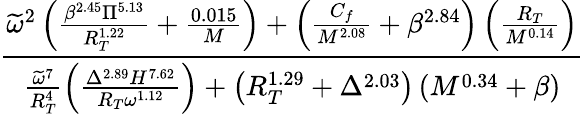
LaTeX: \frac{\widetilde{\omega}^{2}\left(\frac{\beta^{2.45}\Pi^{5.13}}{R_{T}^{1.22}}+\frac{0.015}{M}\right)+\left(\frac{C_{f}}{M^{2.08}}+\beta^{2.84}\right)\left(\frac{R_{T}}{M^{0.14}}\right)}{\frac{\widetilde{\omega}^{7}}{R_{T}^{4}}\left(\frac{\Delta^{2.89}H^{7.62}}{R_{T}\omega^{1.12}}\right)+\left(R_{T}^{1.29}+\Delta^{2.03}\right)\left(M^{0.34}+\beta\right)}